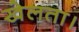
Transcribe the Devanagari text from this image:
खेलता।